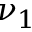
\nu _ { 1 }